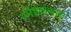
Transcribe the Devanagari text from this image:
स्नेहकयान